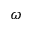
\omega